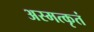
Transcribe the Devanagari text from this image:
अस्मत्कृतं